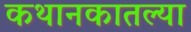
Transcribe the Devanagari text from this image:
कथानकातल्या